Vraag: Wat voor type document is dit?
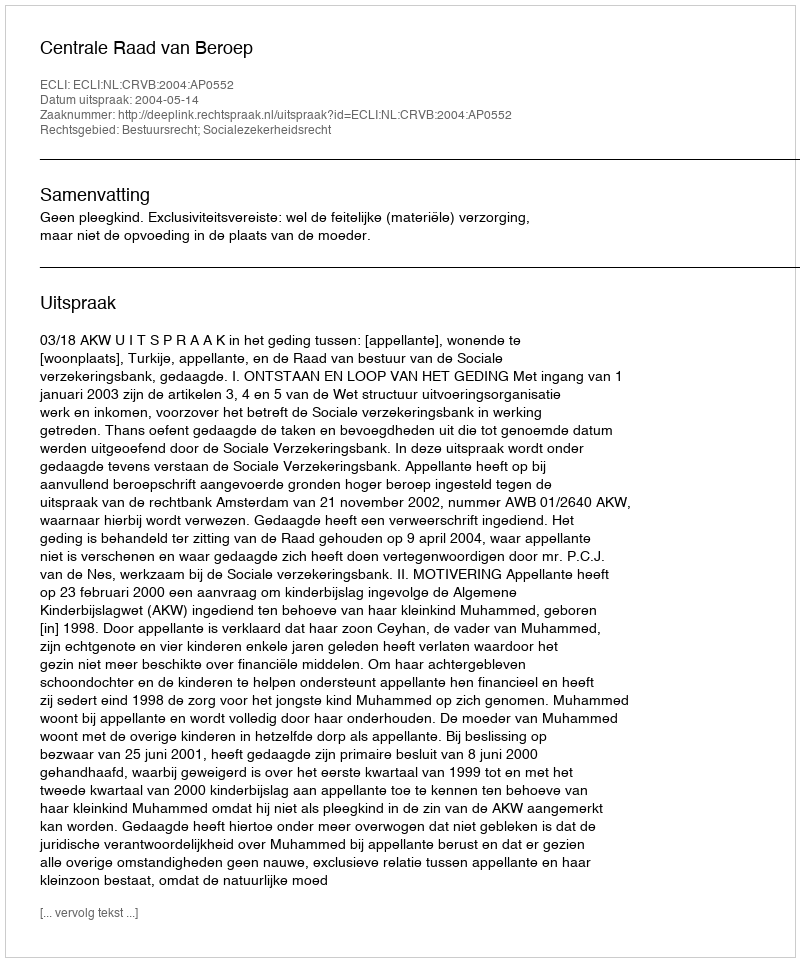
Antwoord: Uitspraak